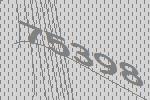
75398